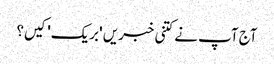
آج آپ نے کتنی خبریں 'بریک' کیں؟